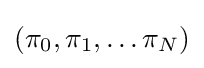
(\pi _{0},\pi _{1},\ldots \pi _{N})